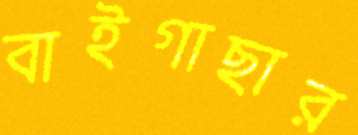
বাইগাছার